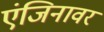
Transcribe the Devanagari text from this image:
एंजिनावर